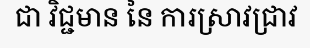
ជា វិជ្ជមាន នៃ ការស្រាវជ្រាវ